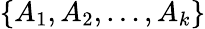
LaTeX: \{ A_{1},A_{2},\ldots,A_{k}\}